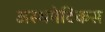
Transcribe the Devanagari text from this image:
अस्थमेटिकस